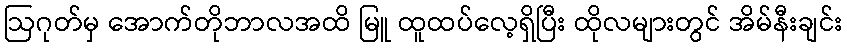
ဩဂုတ်မှ အောက်တိုဘာလအထိ မြူ ထူထပ်လေ့ရှိပြီး ထိုလများတွင် အိမ်နီးချင်း